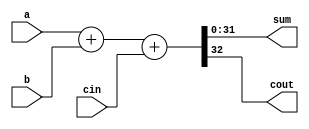
`timescale 1ns / 1ps
//////////////////////////////////////////////////////////////////////////////////
// Company: 
// Engineer: 
// 
// Design Name: 
// Module Name: full_adder
// Project Name: 
// Target Devices: 
// Tool Versions: 
// Description: 
// 
// Dependencies: 
// 
// Revision:
// Revision 0.01 - File Created
// Additional Comments:
// 
//////////////////////////////////////////////////////////////////////////////////


module full_adder(a,b,cin,sum,cout);

    output[31:0] sum;
    output cout;
    input[31:0] a,b;
    input cin;
    
    assign {cout, sum} = a+b+cin;

endmodule